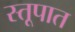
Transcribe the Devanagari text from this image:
स्तूपात